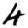
Digit: 4